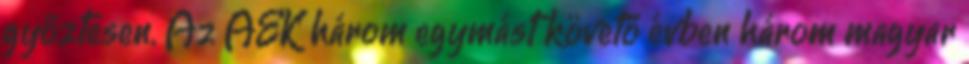
győztesen. Az AEK három egymást követő évben három magyar